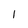
Character: 1